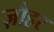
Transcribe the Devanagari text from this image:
ज़ौहर